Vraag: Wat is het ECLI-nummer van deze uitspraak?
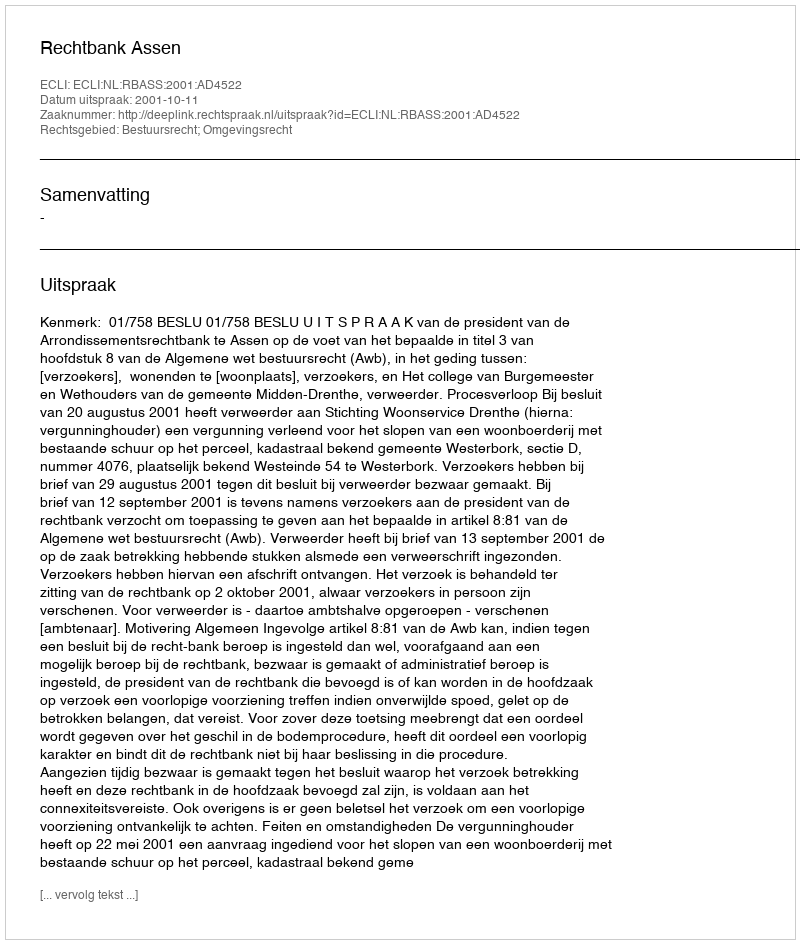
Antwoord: ECLI:NL:RBASS:2001:AD4522